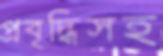
প্রবৃদ্ধিসহ